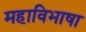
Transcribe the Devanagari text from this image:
महाविभाषा